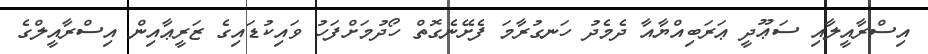
އިސްރާއީލާއި ސަޢޫދީ ޢަރަބިއްޔާއާ ދެމެދު ހަނގުރާމަ ފެށޭނެގޮތް ހޯދުމަށްފަހު ވައިކުޑައިގެ ޒަރީޢާއިން އިސްރާއީލްގެ